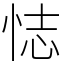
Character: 𢙺